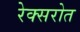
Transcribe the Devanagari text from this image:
रेक्सरोत